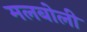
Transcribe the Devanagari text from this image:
मलबोली